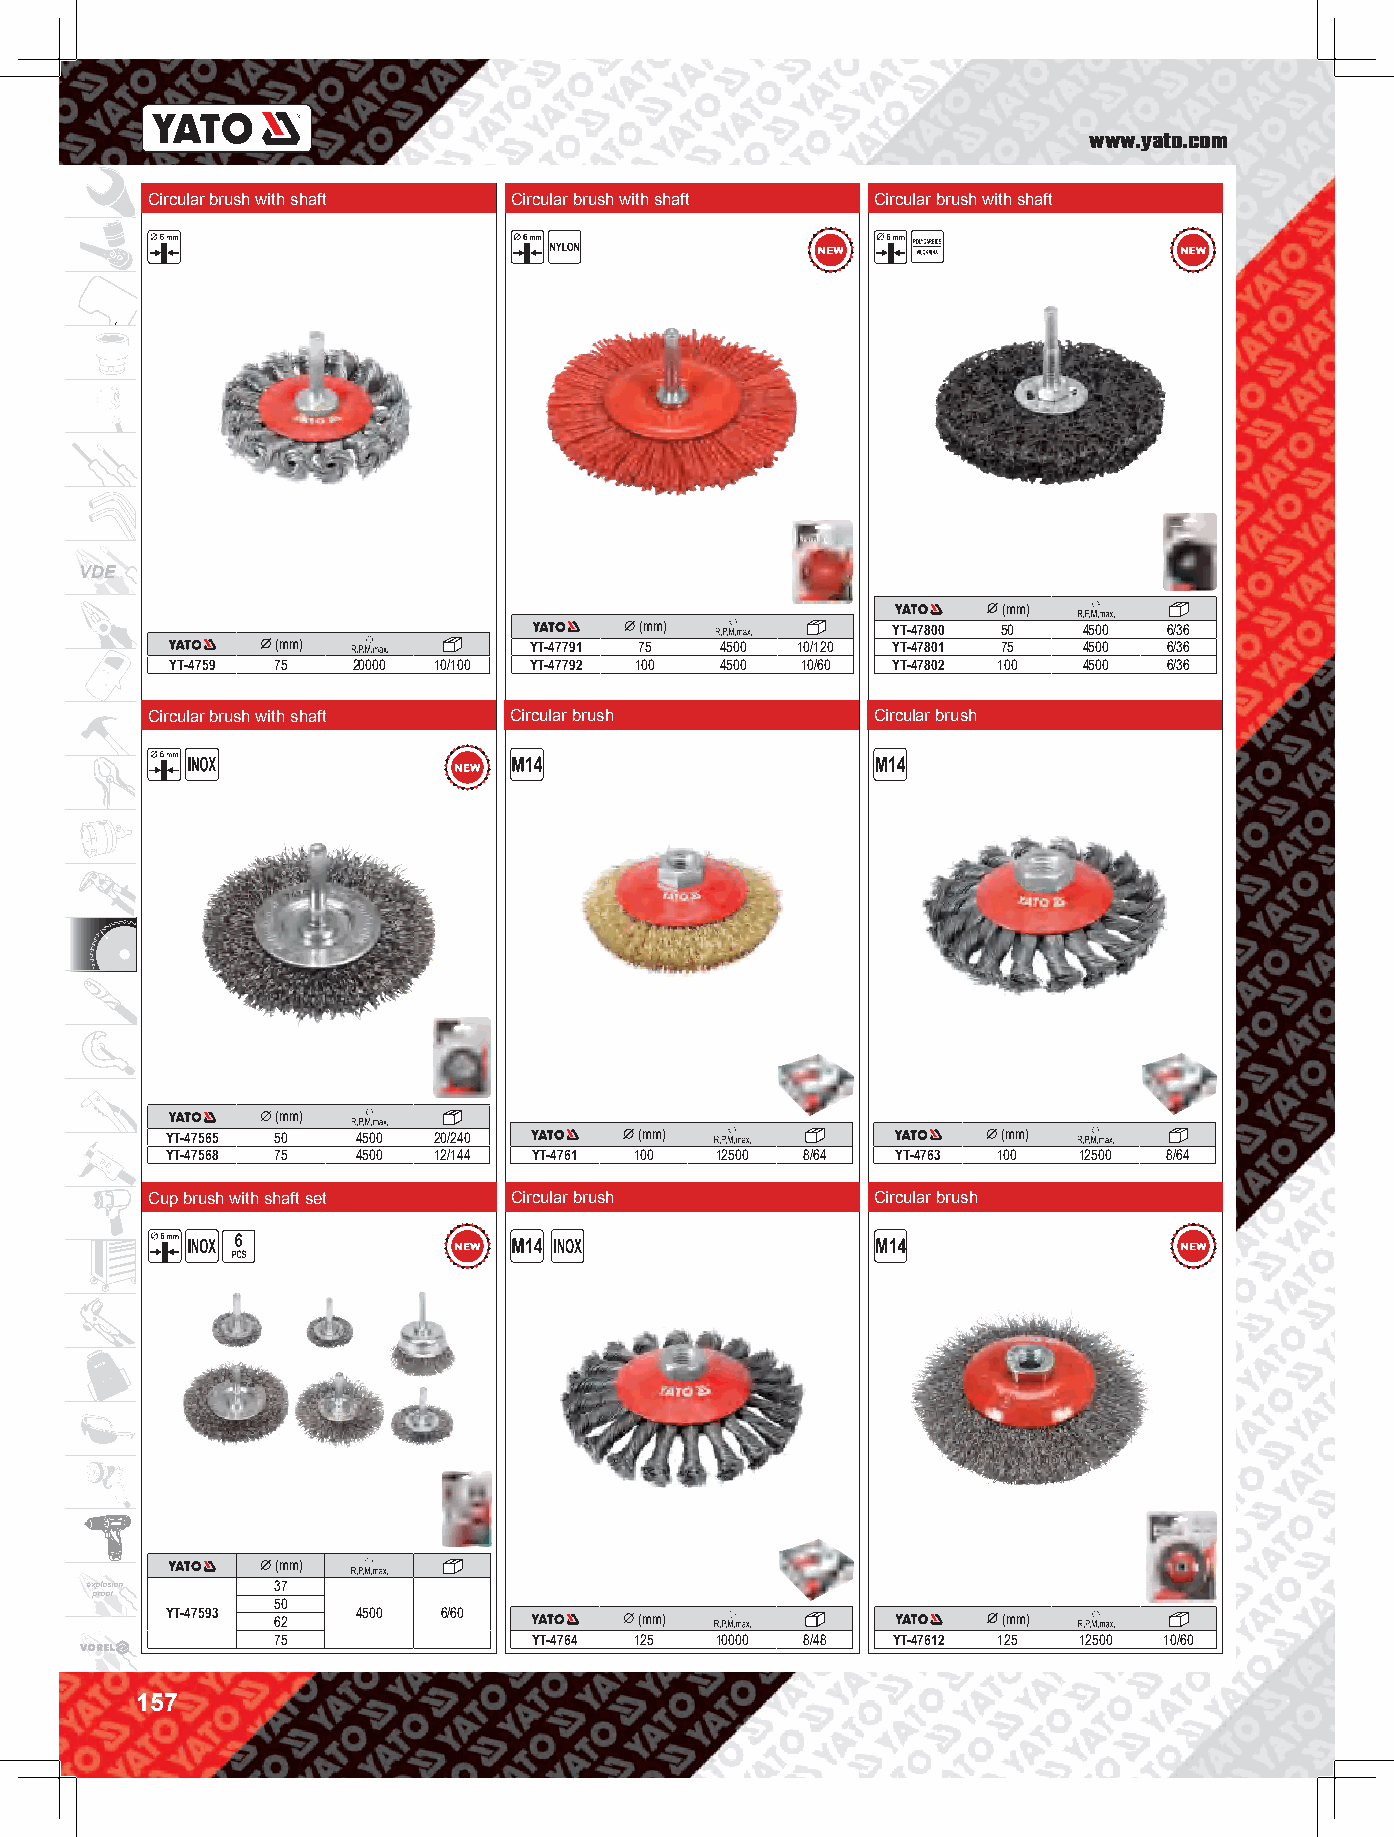
www.yato.com
 Circular brush with shaft Circular brush with shaft Circular brush with shaft
 VDE
 (mm)
 (mm)             YT-47800 50  4500 6/36
 (mm)             YT-47791 75  4500 10/120 YT-47801 75 4500 6/36
 YT-4759 75  20000 10/100 YT-47792 100 4500 10/60 YT-47802 100 4500 6/36
 Circular brush with shaft Circular brush        Circular brush
 (mm)
 YT-47565 50  4500 20/240       (mm)                    (mm)
 YT-47568 75  4500 12/144 YT-4761 100 12500 8/64 YT-4763 100 12500 8/64
 Cup brush with shaft set Circular brush         Circular brush
 (mm)
 explosion   37
 proof
 50
 YT-47593 62  4500 6/60         (mm)                    (mm)
 75               YT-4764 125 10000 8/48  YT-47612 125 12500 10/60
 157